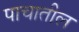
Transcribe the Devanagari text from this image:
पाचातील